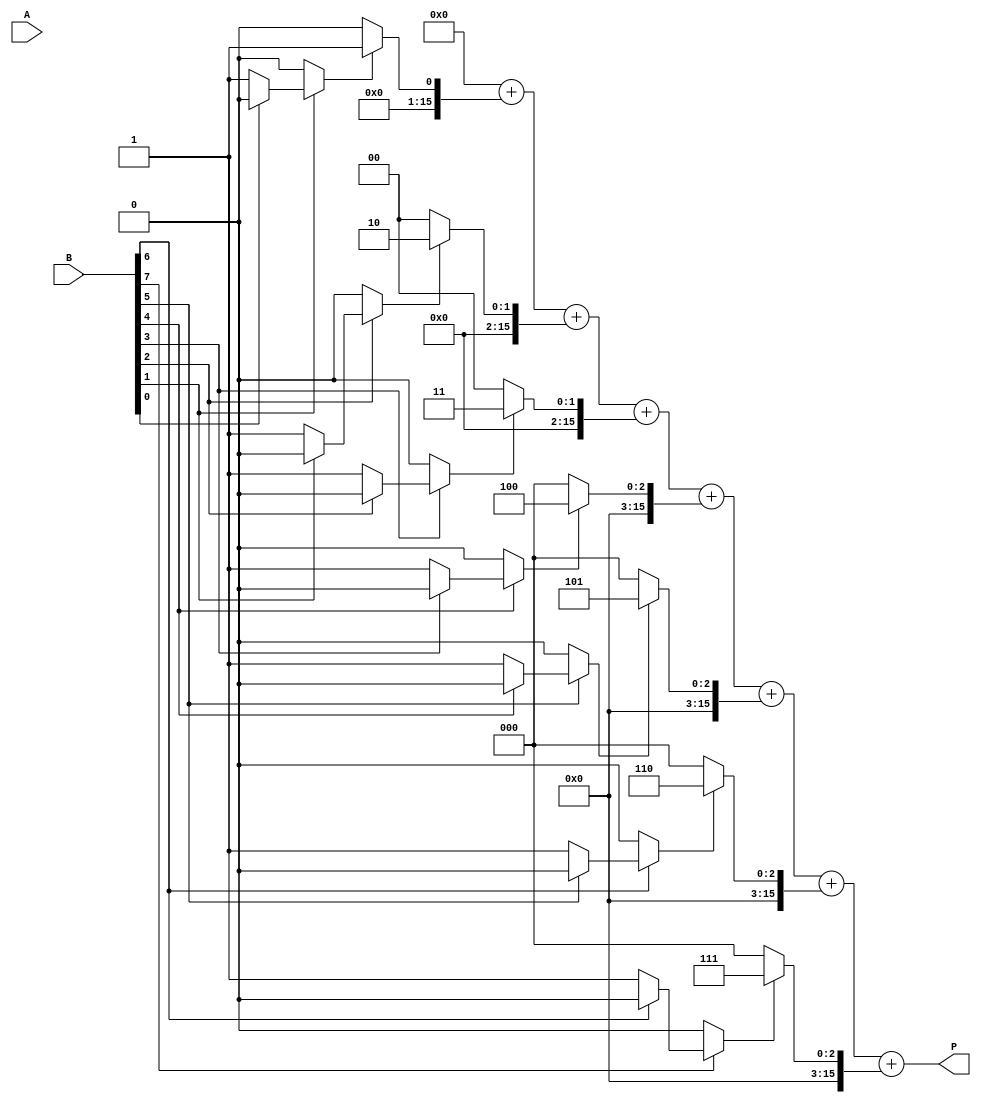
module csd_multiplier #(parameter WIDTH = 8) (
    input  wire [WIDTH-1:0] A, // Input operand A
    input  wire [WIDTH-1:0] B, // Input operand B
    output wire [2*WIDTH-1:0] P // Output product
);

// CSD Conversion Module
function [WIDTH-1:0] binary_to_csd;
    input [WIDTH-1:0] bin;
    integer i;
    reg [WIDTH-1:0] csd;
    begin
        csd = 0;
        for (i = 0; i < WIDTH; i = i + 1) begin
            if (bin[i] == 1) begin
                if (i > 0 && (bin[i-1] == 1)) begin
                    csd[i] = 0; // CSD rule: avoid consecutive 1s
                end else begin
                    csd[i] = 1; // CSD representation
                end
            end
        end
        binary_to_csd = csd;
    end
endfunction

// CSD Representation of B
wire [WIDTH-1:0] csd_B;
assign csd_B = binary_to_csd(B);

// Partial Product Generation
wire [2*WIDTH-1:0] partial_products [0:WIDTH-1];
genvar j;
generate
    for (j = 0; j < WIDTH; j = j + 1) begin : pp_gen
        assign partial_products[j] = (csd_B[j] == 1) ? {A, j} : // A shifted left by j
                                      (csd_B[j] == -1) ? ~{A, j} + 1'b1 : // -A shifted left by j
                                      0; // 0
    end
endgenerate

// Partial Product Accumulation
wire [2*WIDTH-1:0] sum;
assign sum = partial_products[0] + partial_products[1] + partial_products[2] + 
             partial_products[3] + partial_products[4] + partial_products[5] + 
             partial_products[6] + partial_products[7];

// Final Output
assign P = sum;

endmodule